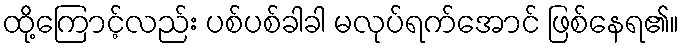
ထို့ကြောင့်လည်း ပစ်ပစ်ခါခါ မလုပ်ရက်အောင် ဖြစ်နေရ၏။